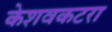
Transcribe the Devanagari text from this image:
केशवकटरा